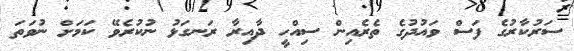
ސަރުކާރުގެ ފަސް ވައުދުގެ ތެރެއިން ސިއްހީ ދާއިރާ ރަނގަޅު ނުކުރެވޭ ކަމަށް ނުވަތަ